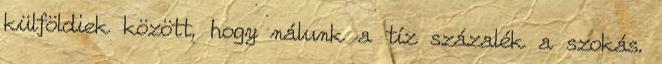
külföldiek között, hogy nálunk a tíz százalék a szokás.